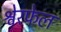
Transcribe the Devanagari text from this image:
श्वेरफेल